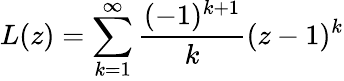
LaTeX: L(z)=\sum_{k=1}^{\infty}{\frac{(-1)^{k+1}}{k}}(z-1)^{k}